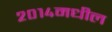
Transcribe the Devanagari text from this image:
२०१४मधील